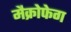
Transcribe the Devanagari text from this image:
मैक्रोफेग